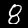
Digit: 8